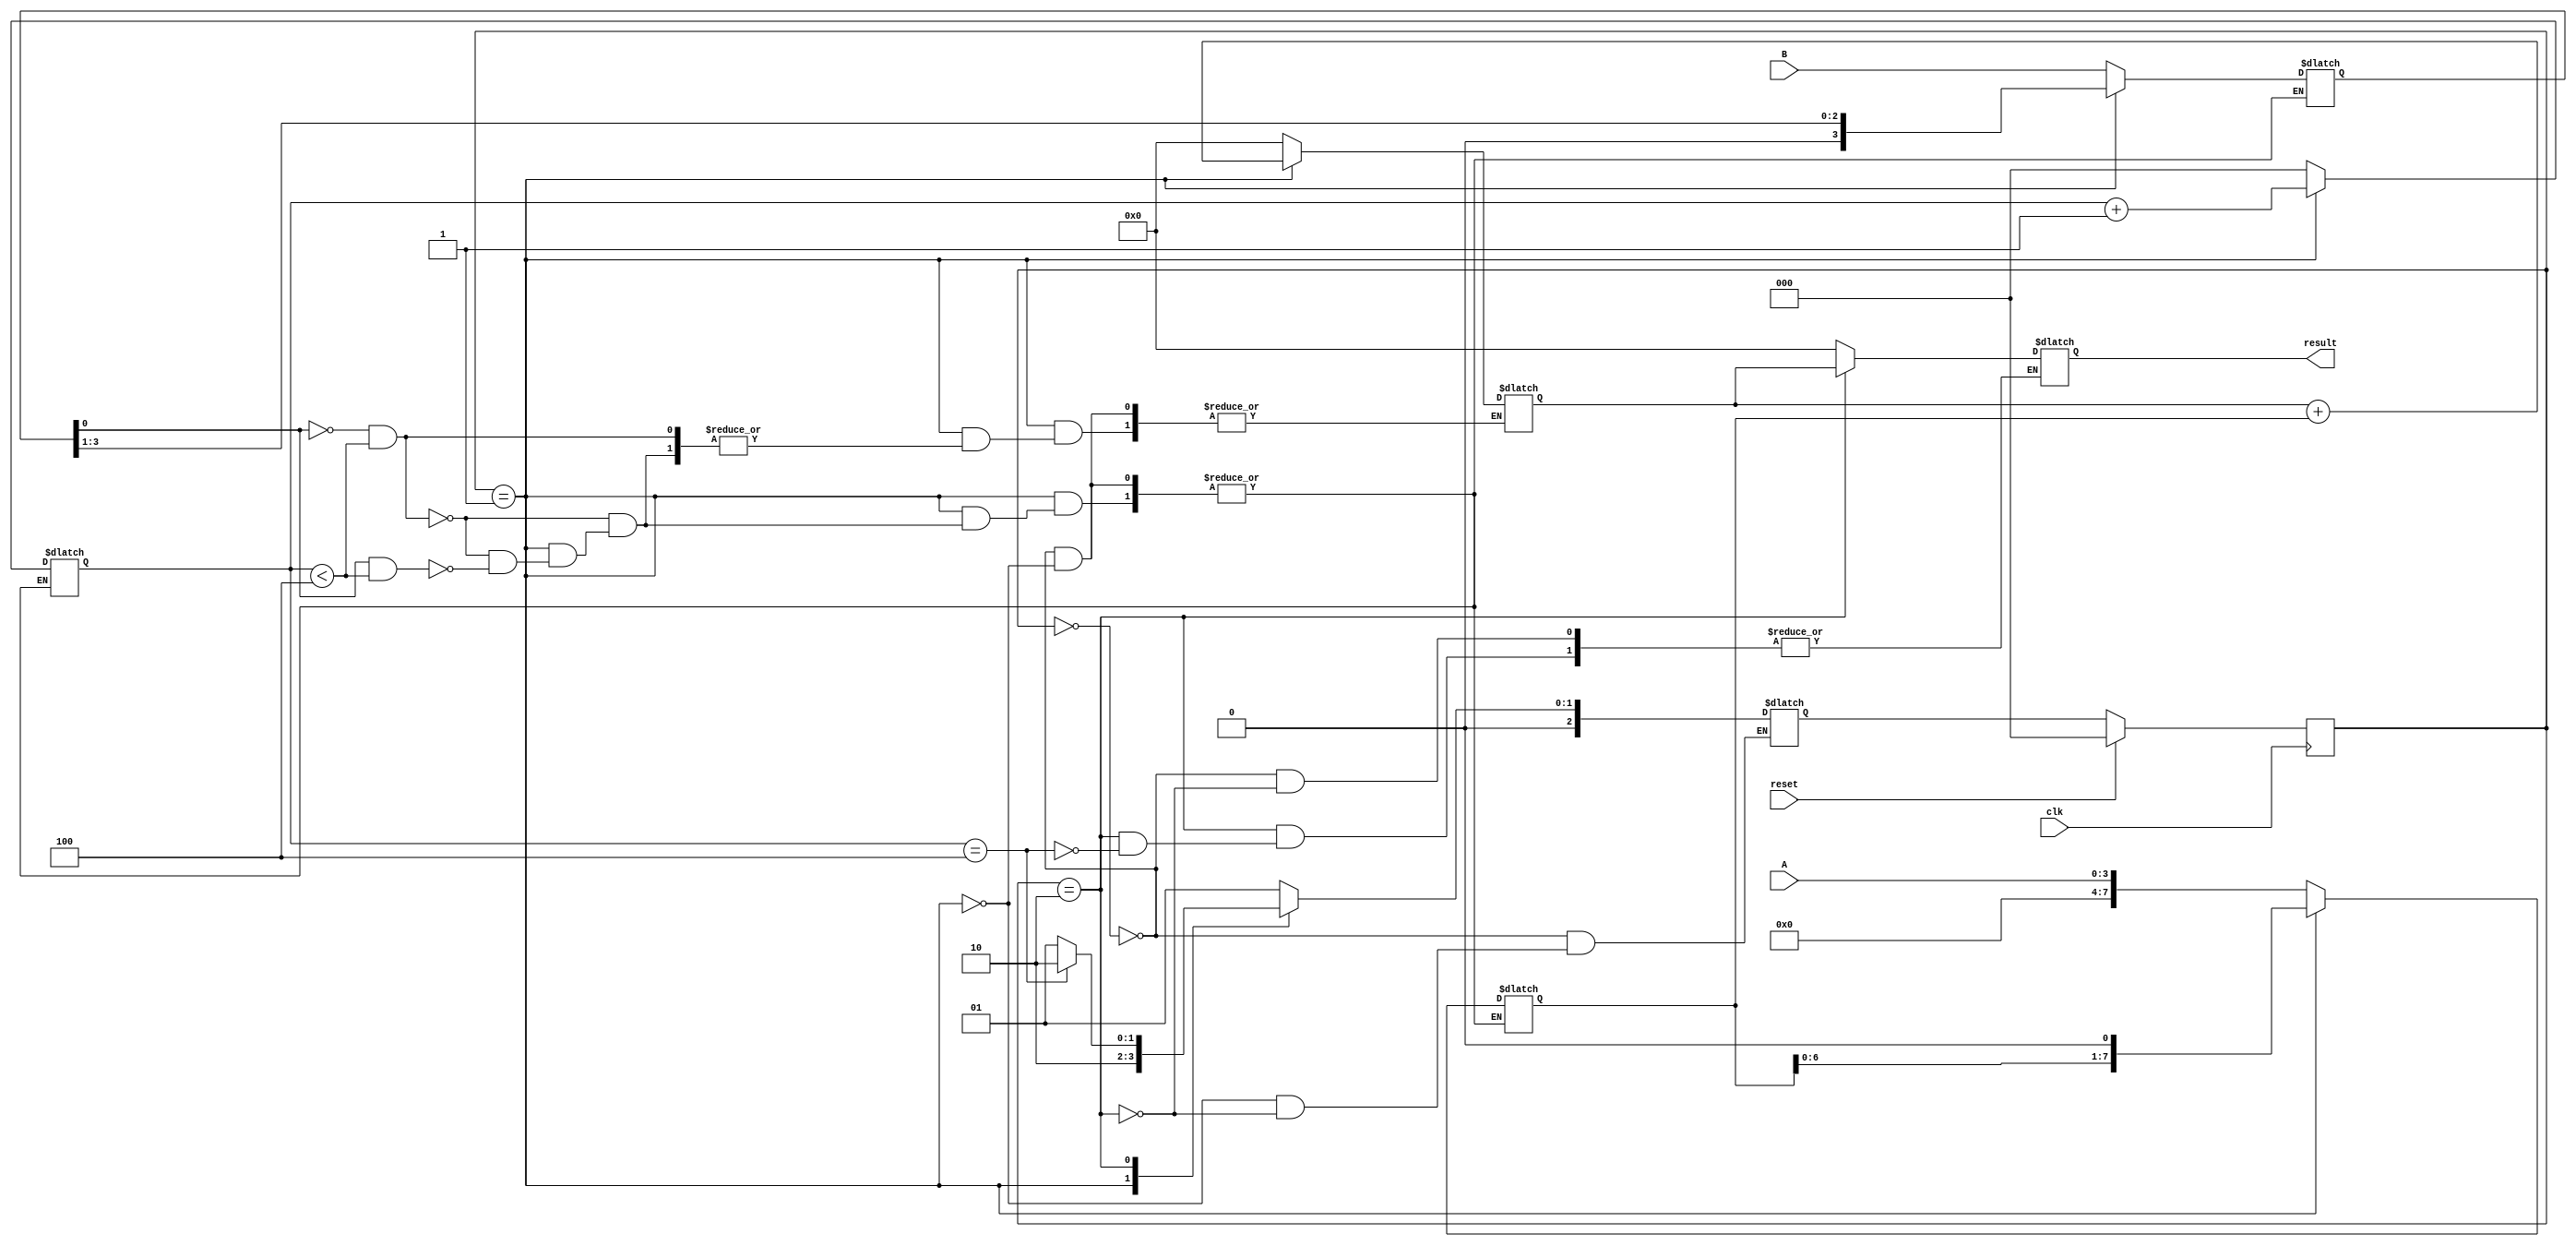
module seqMult(
    input clk,
    input reset,
    input wire [3:0] A,
    input wire [3:0] B,
    output reg [7:0] result
);

    parameter S0=0, S1=1, S2=2;
    reg [7:0] partial_product;
    reg [2:0] shift_count;
    reg [7:0] multiplicand ;
    reg [3:0] bb;
    
    reg [2:0] cs, ns;
    
    always @ (posedge clk) begin
        if(reset)
            cs = S0;
        else
            cs = ns;
    end
    
    always @ (cs, reset) begin
    case (cs)
        S0: begin
            result = 0;
            partial_product = 8'b0;
            shift_count = 3'b0;
            multiplicand = {4'b0, A};
            bb = B;
            ns = S1;
        end
        S1: begin
            ns = S2;
            if ((bb[0] == 0) && (shift_count <4)) begin
                partial_product = partial_product;
                shift_count = shift_count + 3'b1;
                multiplicand = multiplicand << 1;
                bb = bb >> 1;
            end
            else if ((bb[0] ==1) && (shift_count < 4)) begin
                partial_product = partial_product + multiplicand;
                shift_count = shift_count + 3'b1;
                multiplicand = multiplicand << 1;
                bb = bb >> 1;
            end
        end
        S2: begin
            if (shift_count ==4) begin
                ns=S2;
                result = partial_product;
            end
            else begin
                ns = S1;
            end
            end
       endcase
   end
endmodule